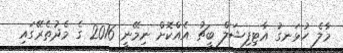
މާލެ ހުޅަނގު އާޓިފިޝަލް ބީޗު އެއްކޮށް ނިމޭނީ 2016 ގެ މެދުތެރޭގައި